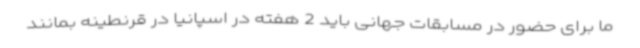
ما برای حضور در مسابقات جهانی باید 2 هفته در اسپانیا در قرنطینه بمانند